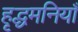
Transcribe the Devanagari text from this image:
हृद्धमनियाँ